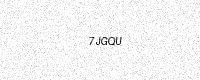
Text: 7JGQU